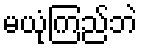
မယုံကြည်ဘဲ